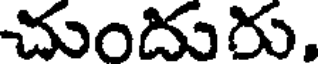
చుందురు.